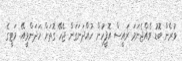
ވުރެން ބޮޑު ވެއްޖެނަމަ ރައީސް އޮފީހުން ހުއްދަނަގަން ޖެހޭ ގޮތަށް ހަދަންވީއޭ. މަޓީގެ